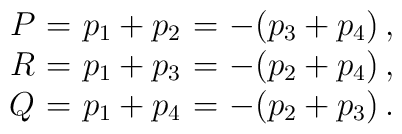
\begin{array}{r@{=}l@{=}l}P \, \, & \, \, p_{1} + p_{2} \, \, & \, \, -(p_{3} + p_{4}) \, ,\\R \, \, & \, \, p_{1} + p_{3} \, \, & \, \, -(p_{2} + p_{4}) \, ,\\Q \, \, & \, \, p_{1} + p_{4} \, \, & \, \, -(p_{2} + p_{3}) \, .\end{array}